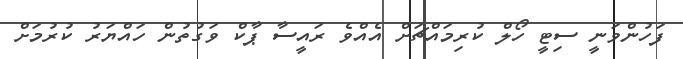
ފަހުންވަނީ ސިޓީ ހޯލް ކުރިމައްޗަށް އެއްވެ ރައީސާ ޕާކް ވަގުތުން ހައްޔަރު ކުރުމަށް